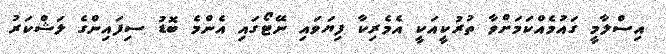
އިސްލާމީ ގައުމެއްކަމަށްވާ ތުރުކީއަކީ އެމެރިކާ ފިޔަވައި ނޭޓޯގައި އެންމެ ބޮޑު ސިފައިންގެ ލަޝްކަރު